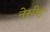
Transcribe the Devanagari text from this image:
नेसीह